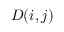
D ( i , j )